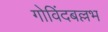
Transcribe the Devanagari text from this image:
गोविंदबल्लभ